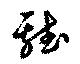
雞